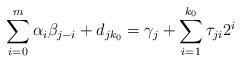
LaTeX: \begin{align*}\sum\limits^{m}_{i=0}\alpha_{i}\beta_{j-i}+d_{jk_{0}}=\gamma_{j}+\sum\limits^{k_{0}}_{i=1}\tau_{ji}2^{i}\end{align*}